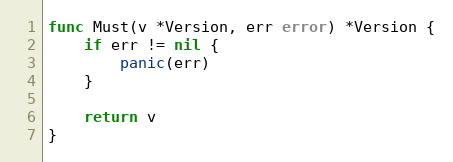
Language: Go
func Must(v *Version, err error) *Version {
	if err != nil {
		panic(err)
	}

	return v
}